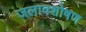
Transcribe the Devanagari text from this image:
जलावशोषण